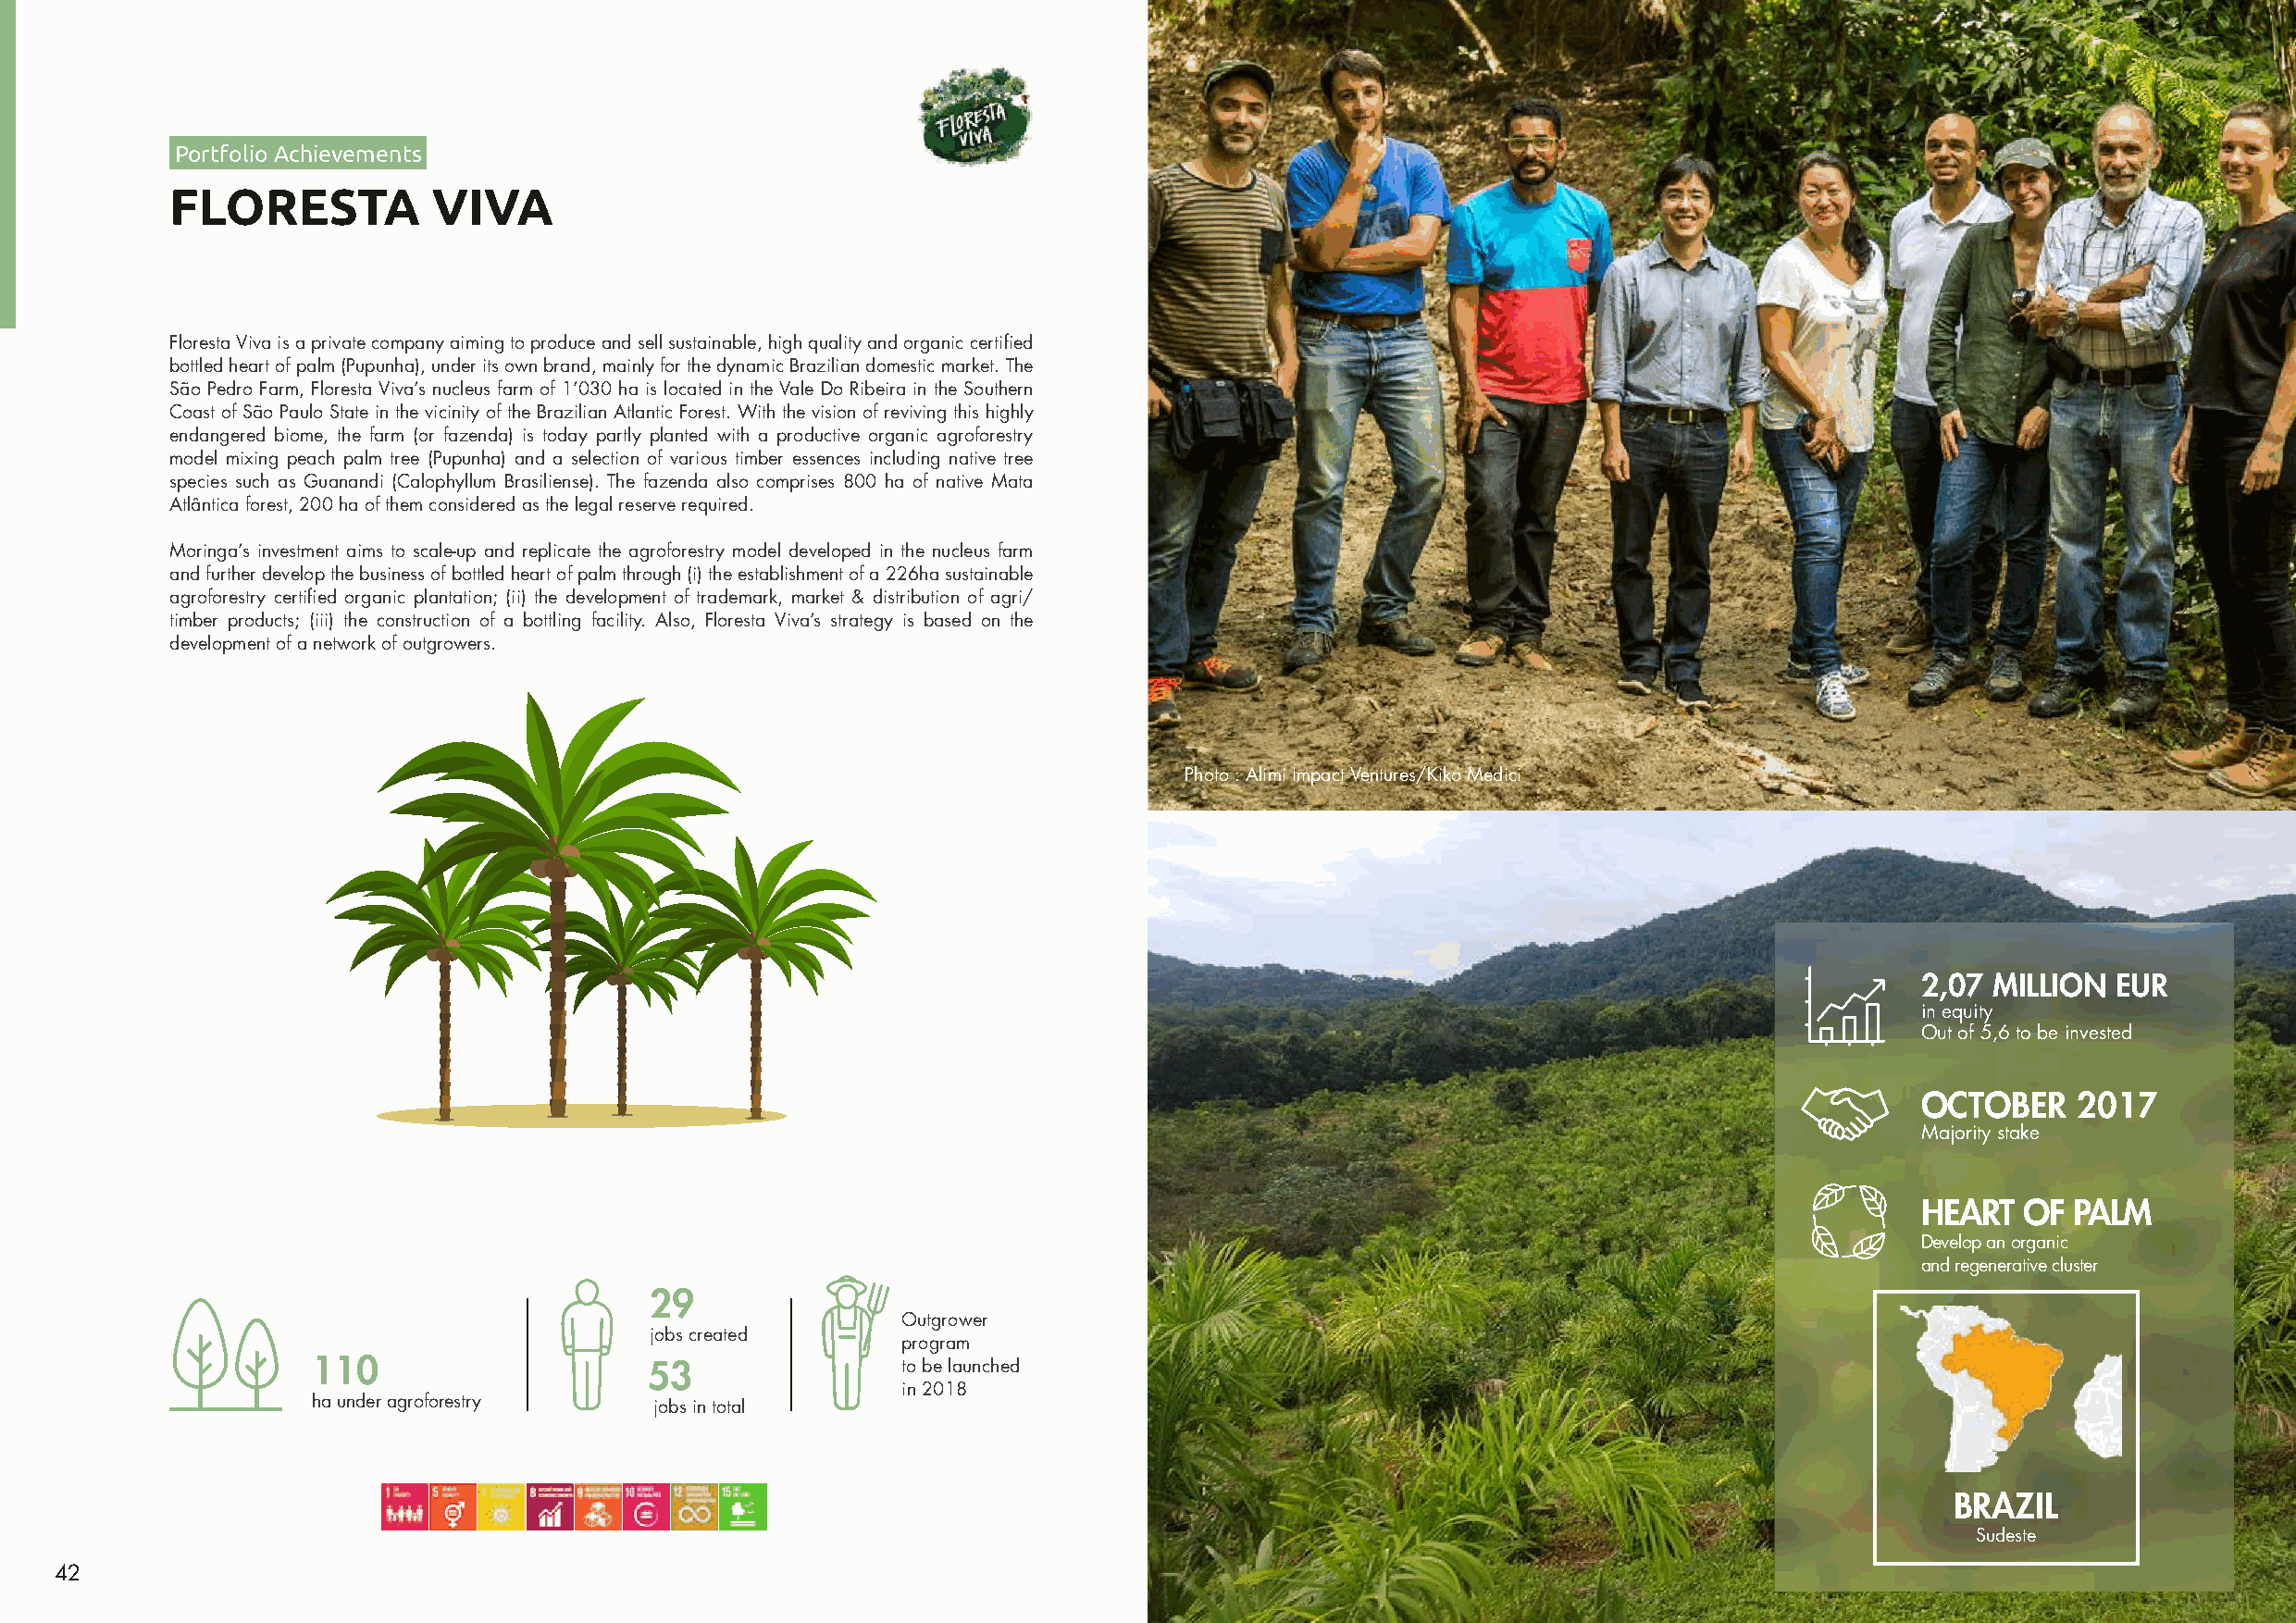
Portfolio Achievements
 FLORESTA           VIVA
 Floresta Viva is a private company aiming to produce and sell sustainable, high quality and organic certified
 bottled heart of palm (Pupunha), under its own brand, mainly for the dynamic Brazilian domestic market. The
 São Pedro Farm, Floresta Viva’s nucleus farm of 1’030 ha is located in the Vale Do Ribeira in the Southern
 Coast of São Paulo State in the vicinity of the Brazilian Atlantic Forest. With the vision of reviving this highly
 endangered biome, the farm (or fazenda) is today partly planted with a productive organic agroforestry
 model mixing peach palm tree (Pupunha) and a selection of various timber essences including native tree
 species such as Guanandi (Calophyllum Brasiliense). The fazenda also comprises 800 ha of native Mata
 Atlântica forest, 200 ha of them considered as the legal reserve required.
 Moringa’s investment aims to scale-up and replicate the agroforestry model developed in the nucleus farm
 and further develop the business of bottled heart of palm through (i) the establishment of a 226ha sustainable
 agroforestry certified organic plantation; (ii) the development of trademark, market & distribution of agri/
 timber products; (iii) the construction of a bottling facility. Also, Floresta Viva’s strategy is based on the
 development of a network of outgrowers.
 Photo : Alimi Impact Ventures/Kiko Medici
 2,07  MILLION EUR
 in equity
 Out of 5,6 to be invested
 OCTOBER     2017
 Majority stake
 HEART   OF PALM
 Develop an organic
 and regenerative cluster
 29
 Outgrower
 jobs created
 program
 110                     53                to be launched
 in 2018
 ha under agroforestry    jobs in total
 BRAZIL
 Sudeste
 42